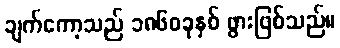
ချက်ကော့သည် ၁၈၆၀ခုနှစ် ဖွားဖြစ်သည်။